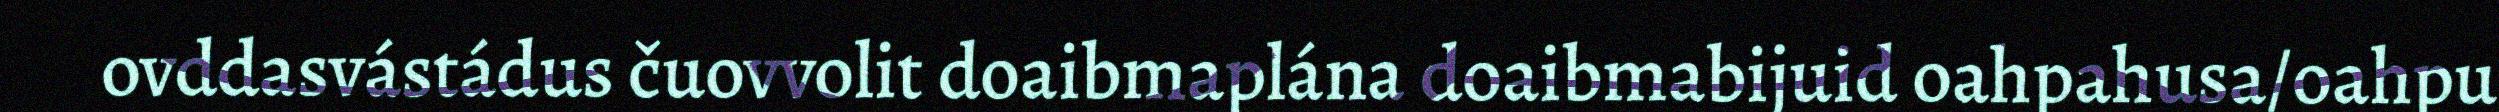
ovddasvástádus čuovvolit doaibmaplána doaibmabijuid oahpahusa/oahpu